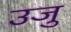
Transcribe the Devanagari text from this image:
उजु